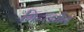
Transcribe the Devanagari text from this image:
मिटलमैन